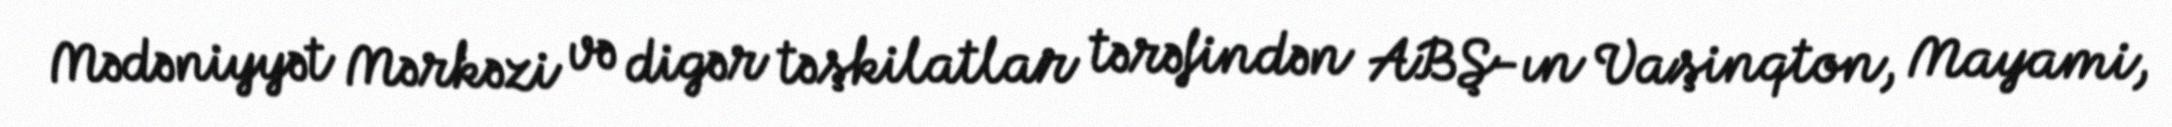
Mədəniyyət Mərkəzi və digər təşkilatlar tərəfindən ABŞ-ın Vaşinqton, Mayami,